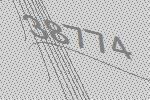
38774